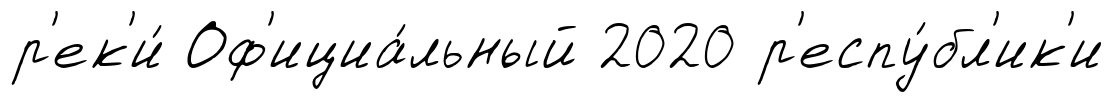
р'ек'и́ Оф'ициа́льный 2020 р'еспу́бл'ик'и